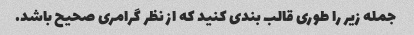
جمله زیر را طوری قالب بندی کنید که از نظر گرامری صحیح باشد.